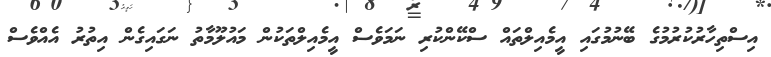
އިސްތިހާރުކުރުމުގެ ބޭނުމުގައި އީމެއިލްތައް ސްކޭންކުރި ނަމަވެސް އީމެއިލްތަކުން މައުލޫމާތު ނަގައިގެން އިތުރު އެއްވެސް